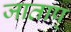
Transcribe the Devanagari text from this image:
जाताप्